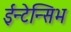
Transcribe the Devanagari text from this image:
ईन्टेन्सिभ